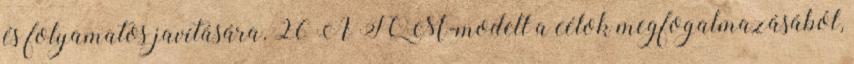
és folyamatos javítására. 26 A TQM-modell a célok megfogalmazásából,